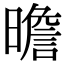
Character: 曕